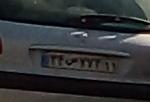
۳۴س۷۷۷۱۱